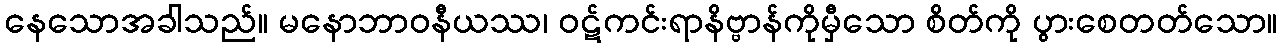
နေသောအခါသည်။ မနောဘာဝနီယဿ၊ ဝဋ်ကင်းရာနိဗ္ဗာန်ကိုမှီသော စိတ်ကို ပွားစေတတ်သော။